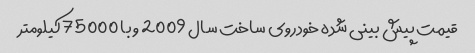
قیمت پیش بینی شده خودروی ساخت سال 2009 و با 75000 کیلومتر